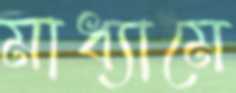
মাধ্যামে